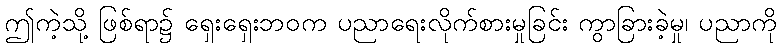
ဤကဲ့သို့ ဖြစ်ရာ၌ ရှေးရှေးဘဝက ပညာရေးလိုက်စားမှုခြင်း ကွာခြားခဲ့မှု၊ ပညာကို